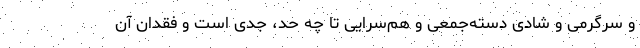
و سرگرمی و شادی دسته‌جمعی و هم‌سُرایی تا چه حد، جدی است و فقدان آن